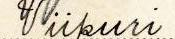
Viipuri